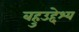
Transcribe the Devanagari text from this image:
बहुउद्देश्य